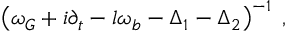
\left( \omega _ { G } + i \partial _ { t } - l \omega _ { b } - \Delta _ { 1 } - \Delta _ { 2 } \right) ^ { - 1 } \; ,